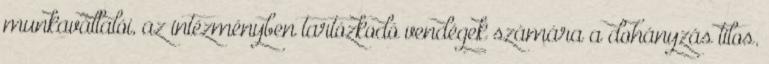
munkavállalói, az intézményben tartózkodó vendégek számára a dohányzás tilos.